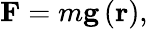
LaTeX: \mathbf{F}=m\mathbf{g}\left(\mathbf{r}\right),